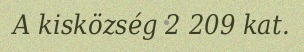
A kisközség 2 209 kat.